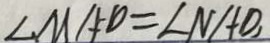
\angle M A D = \angle N A D ,